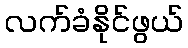
လက်ခံနိုင်ဖွယ်